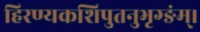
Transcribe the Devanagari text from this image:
हिरण्यकशिपुतनुभृग्ङंम्।